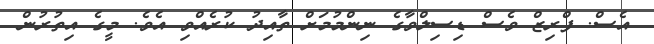
އެސް. ފްރިޒް ވެސް ޑިސިލްވާގެ ނިންމުމަށް ތާއިދު ކުރެއްވި އެވެ. މީގެ އިތުރުން